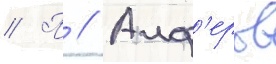
// П // Алф'еров